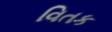
વિતક